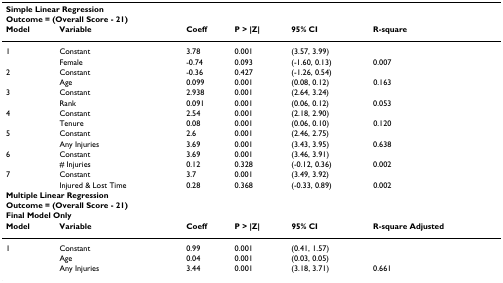
<table><thead><tr><td colspan="6"><b>Simple Linear Regression</b></td></tr><tr><td colspan="6"><b>Outcome = (Overall Score - 21)</b></td></tr><tr><td><b>Model</b></td><td><b>Variable</b></td><td><b>Coeff</b></td><td><b>P &gt; |Z|</b></td><td><b>95% CI</b></td><td><b>R-square</b></td></tr></thead><tbody><tr><td>1</td><td>Constant</td><td>3.78</td><td>0.001</td><td>(3.57, 3.99)</td><td></td></tr><tr><td></td><td>Female</td><td>-0.74</td><td>0.093</td><td>(-1.60, 0.13)</td><td>0.007</td></tr><tr><td>2</td><td>Constant</td><td>-0.36</td><td>0.427</td><td>(-1.26, 0.54)</td><td></td></tr><tr><td></td><td>Age</td><td>0.099</td><td>0.001</td><td>(0.08, 0.12)</td><td>0.163</td></tr><tr><td>3</td><td>Constant</td><td>2.938</td><td>0.001</td><td>(2.64, 3.24)</td><td></td></tr><tr><td></td><td>Rank</td><td>0.091</td><td>0.001</td><td>(0.06, 0.12)</td><td>0.053</td></tr><tr><td>4</td><td>Constant</td><td>2.54</td><td>0.001</td><td>(2.18, 2.90)</td><td></td></tr><tr><td></td><td>Tenure</td><td>0.08</td><td>0.001</td><td>(0.06, 0.10)</td><td>0.120</td></tr><tr><td>5</td><td>Constant</td><td>2.6</td><td>0.001</td><td>(2.46, 2.75)</td><td></td></tr><tr><td></td><td>Any Injuries</td><td>3.69</td><td>0.001</td><td>(3.43, 3.95)</td><td>0.638</td></tr><tr><td>6</td><td>Constant</td><td>3.69</td><td>0.001</td><td>(3.46, 3.91)</td><td></td></tr><tr><td></td><td># Injuries</td><td>0.12</td><td>0.328</td><td>(-0.12, 0.36)</td><td>0.002</td></tr><tr><td>7</td><td>Constant</td><td>3.7</td><td>0.001</td><td>(3.49, 3.92)</td><td></td></tr><tr><td></td><td>Injured &amp; Lost Time</td><td>0.28</td><td>0.368</td><td>(-0.33, 0.89)</td><td>0.002</td></tr><tr><td colspan="6"><b>Multiple Linear Regression</b></td></tr><tr><td colspan="6"><b>Outcome = (Overall Score - 21)</b></td></tr><tr><td colspan="6"><b>Final Model Only</b></td></tr><tr><td><b>Model</b></td><td><b>Variable</b></td><td><b>Coeff</b></td><td><b>P &gt; |Z|</b></td><td><b>95% CI</b></td><td><b>R-square Adjusted</b></td></tr><tr><td>1</td><td>Constant</td><td>0.99</td><td>0.001</td><td>(0.41, 1.57)</td><td></td></tr><tr><td></td><td>Age</td><td>0.04</td><td>0.001</td><td>(0.03, 0.05)</td><td></td></tr><tr><td></td><td>Any Injuries</td><td>3.44</td><td>0.001</td><td>(3.18, 3.71)</td><td>0.661</td></tr></tbody></table>